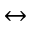
\leftrightarrow